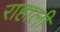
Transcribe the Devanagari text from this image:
राहाली